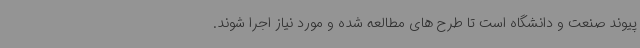
پیوند صنعت و دانشگاه است تا طرح های مطالعه شده و مورد نیاز اجرا شوند.